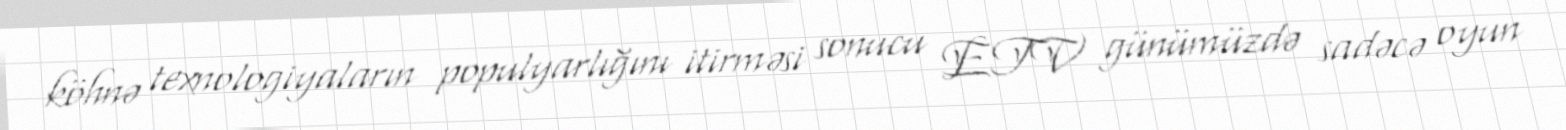
köhnə texnologiyaların populyarlığını itirməsi sonucu ETV günümüzdə sadəcə oyun